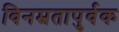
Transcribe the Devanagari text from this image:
विनम्रतापुर्वक